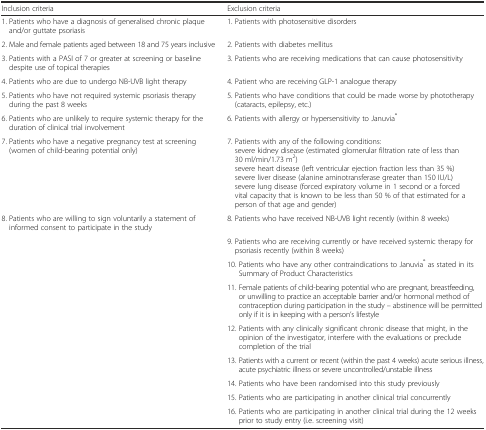
<table><thead><tr><td><b>Inclusion criteria</b></td><td><b>Exclusion criteria</b></td></tr></thead><tbody><tr><td>1. Patients who have a diagnosis of generalised chronic plaque and/or guttate psoriasis</td><td>1. Patients with photosensitive disorders</td></tr><tr><td>2. Male and female patients aged between 18 and 75 years inclusive</td><td>2. Patients with diabetes mellitus</td></tr><tr><td>3. Patients with a PASI of 7 or greater at screening or baseline despite use of topical therapies</td><td>3. Patients who are receiving medications that can cause photosensitivity</td></tr><tr><td>4. Patients who are due to undergo NB-UVB light therapy</td><td>4. Patient who are receiving GLP-1 analogue therapy</td></tr><tr><td>5. Patients who have not required systemic psoriasis therapy during the past 8 weeks</td><td>5. Patients who have conditions that could be made worse by phototherapy (cataracts, epilepsy, etc.)</td></tr><tr><td>6. Patients who are unlikely to require systemic therapy for the duration of clinical trial involvement</td><td>6. Patients with allergy or hypersensitivity to Januvia<sup>®</sup></td></tr><tr><td>7. Patients who have a negative pregnancy test at screening (women of child-bearing potential only)</td><td>7. Patients with any of the following conditions:severe kidney disease (estimated glomerular filtration rate of less than 30 ml/min/1.73 m<sup>2</sup>)severe heart disease (left ventricular ejection fraction less than 35 %)severe liver disease (alanine aminotransferase greater than 150 IU/L)severe lung disease (forced expiratory volume in 1 second or a forced vital capacity that is known to be less than 50 % of that estimated for a person of that age and gender)</td></tr><tr><td>8. Patients who are willing to sign voluntarily a statement of informed consent to participate in the study</td><td>8. Patients who have received NB-UVB light recently (within 8 weeks)</td></tr><tr><td></td><td>9. Patients who are receiving currently or have received systemic therapy for psoriasis recently (within 8 weeks)</td></tr><tr><td></td><td>10. Patients who have any other contraindications to Januvia<sup>®</sup> as stated in its Summary of Product Characteristics</td></tr><tr><td></td><td>11. Female patients of child-bearing potential who are pregnant, breastfeeding, or unwilling to practice an acceptable barrier and/or hormonal method of contraception during participation in the study – abstinence will be permitted only if it is in keeping with a person’s lifestyle</td></tr><tr><td></td><td>12. Patients with any clinically significant chronic disease that might, in the opinion of the investigator, interfere with the evaluations or preclude completion of the trial</td></tr><tr><td></td><td>13. Patients with a current or recent (within the past 4 weeks) acute serious illness, acute psychiatric illness or severe uncontrolled/unstable illness</td></tr><tr><td></td><td>14. Patients who have been randomised into this study previously</td></tr><tr><td></td><td>15. Patients who are participating in another clinical trial concurrently</td></tr><tr><td></td><td>16. Patients who are participating in another clinical trial during the 12 weeks prior to study entry (i.e. screening visit)</td></tr></tbody></table>